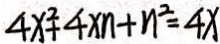
4 x ^ { 2 } + 4 x n + n ^ { 2 } = 4 x